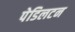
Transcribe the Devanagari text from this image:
पेडिलटन